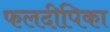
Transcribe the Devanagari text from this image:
फलदीपिका